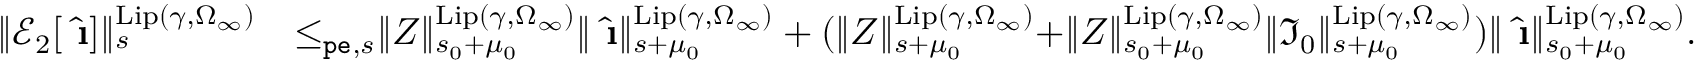
\begin{array} { r l } { \rVert \mathcal { E } _ { 2 } [ \hat { \textbf { \i } } ] \rVert _ { s } ^ { \mathrm { L i p } ( \gamma , \Omega _ { \infty } ) } } & { \le _ { \mathtt { p e } , s } \rVert Z \rVert _ { s _ { 0 } + \mu _ { 0 } } ^ { \mathrm { L i p } ( \gamma , \Omega _ { \infty } ) } \rVert \hat { \textbf { \i } } \rVert _ { s + \mu _ { 0 } } ^ { \mathrm { L i p } ( \gamma , \Omega _ { \infty } ) } + ( \rVert Z \rVert _ { s + \mu _ { 0 } } ^ { \mathrm { L i p } ( \gamma , \Omega _ { \infty } ) } + \rVert Z \rVert _ { s _ { 0 } + \mu _ { 0 } } ^ { \mathrm { L i p } ( \gamma , \Omega _ { \infty } ) } \rVert \mathfrak { I } _ { 0 } \rVert _ { s + \mu _ { 0 } } ^ { \mathrm { L i p } ( \gamma , \Omega _ { \infty } ) } ) \rVert \hat { \textbf { \i } } \rVert _ { s _ { 0 } + \mu _ { 0 } } ^ { \mathrm { L i p } ( \gamma , \Omega _ { \infty } ) } . } \end{array}